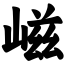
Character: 嵫